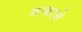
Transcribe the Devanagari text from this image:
बाबरने